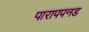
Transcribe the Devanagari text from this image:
पारापपनड